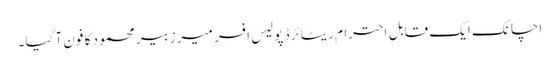
اچانک ایک قابلِ احترام ریٹائرڈ پولیس افسر میر زبیر محمود کا فون آ گیا۔